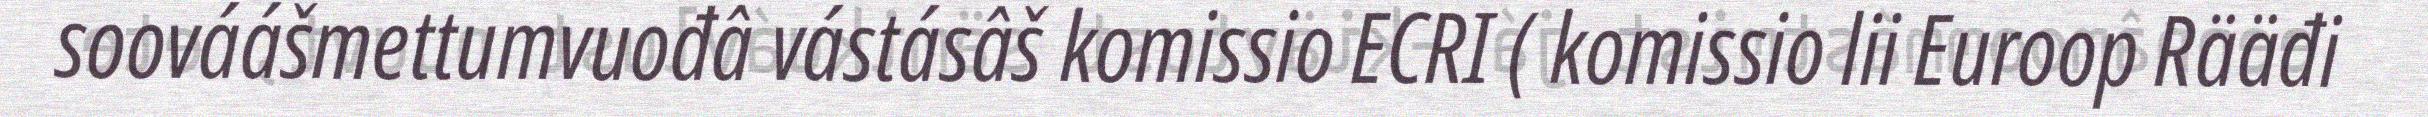
soováášmettumvuođâ vástásâš komissio ECRI ( komissio lii Euroop Rääđi